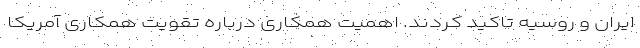
ایران و روسیه تأکید کردند. اهمیت همکاری درباره تقویت همکاری آمریکا